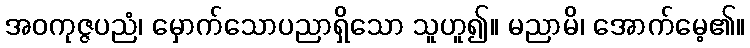
အဝကုဇ္ဇပညံ၊ မှောက်သောပညာရှိသော သူဟူ၍။ မညာမိ၊ အောက်မေ့၏။